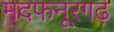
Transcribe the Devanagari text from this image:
मदफनूरगढ़